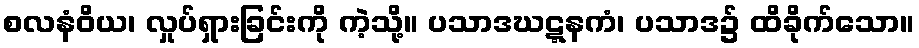
စလနံဝိယ၊ လှုပ်ရှားခြင်းကို ကဲ့သို့။ ပသာဒဃဋ္ဋနကံ၊ ပသာဒ၌ ထိခိုက်သော။